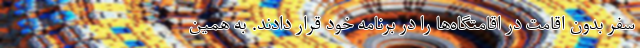
سفر بدون اقامت در اقامتگاه‌ها را در برنامه‌ خود قرار دادند. به همین